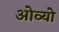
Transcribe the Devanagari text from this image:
ओव्यो